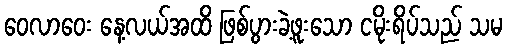
ဝေလာဝေး နေ့လယ်အထိ ဖြစ်ပွားခဲ့ဖူးသော ငမိုးရိပ်သည် သမ